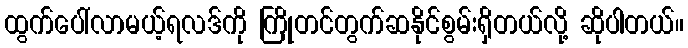
ထွက်ပေါ်လာမယ့်ရလဒ်ကို ကြိုတင်တွက်ဆနိုင်စွမ်းရှိတယ်လို့ ဆိုပါတယ်။